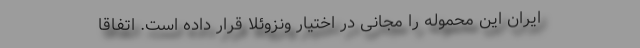
ایران این محموله را مجانی در اختیار ونزوئلا قرار داده است. اتفاقا